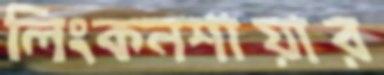
লিংকনশায়ার